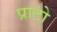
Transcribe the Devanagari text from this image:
प्राटो